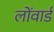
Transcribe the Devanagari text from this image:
लोंवार्ड